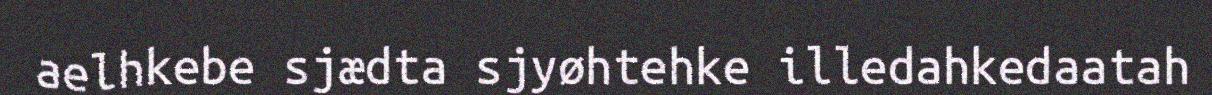
aelhkebe sjædta sjyøhtehke illedahkedaatah